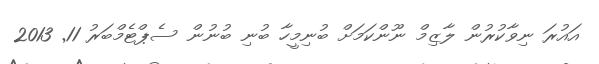
އައުރަ ނިވާކުރުން ލާޒިމް ނޫންކަމަށް ބުނިމީހާ ބުނި ބުނުން ސެޕްޓެމްބަރު 11